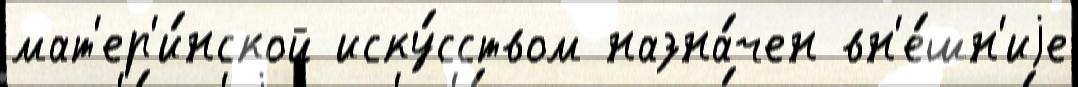
мат'ер'и́нской иску́сством назна́чен вн'е́шн'иjе